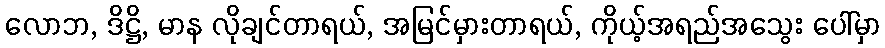
လောဘ, ဒိဋ္ဌိ, မာန လိုချင်တာရယ်, အမြင်မှားတာရယ်, ကိုယ့်အရည်အသွေး ပေါ်မှာ